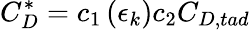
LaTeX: C_{D}^{*}=c_{1}\left(\epsilon_{k}\right)c_{2}C_{D,tad}